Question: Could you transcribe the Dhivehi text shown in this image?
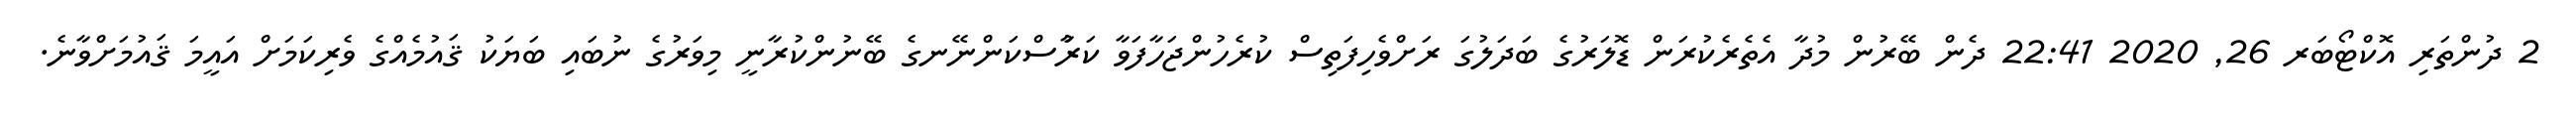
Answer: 2 ދުންތަރި އޮކްޓޯބަރ 26, 2020 22:41 ދެން ބޭރުން މުދާ އެތެރެކުރަން ޑޮލަރުގެ ބަދަލުގަ ރަށްވެހިފަތިސް ކުރެހުންޖަހާފަވާ ކަރުާސްކަންނޭނގެ ބޭނުންކުރާނީ މިވަރުގެ ނުބައި ބަޔަކު ޤައުމެއްގެ ވެރިކަމަށް އައީމަ ޤައުމަށްވާނެ.